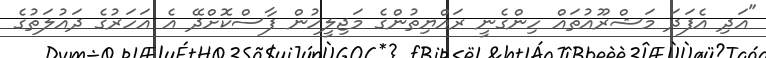
"އަދި އެފަދަ މަޝްރޫއުތައް ހިންގެނީ ރައްޔިތުންގެ މަޖިލީހުން ފާސްކޮށްދޭ އެ އަހަރުގެ ދައުލަތުގެ